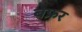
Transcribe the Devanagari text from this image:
बफ्रर